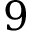
9